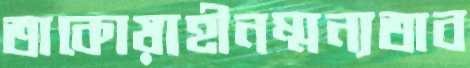
তাকোয়াহীনম্মন্যতাব